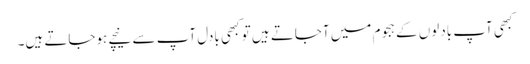
کبھی آپ بادلوں کے ہجوم میں آجاتے ہیں تو کبھی بادل آپ سے نیچے ہوجاتے ہیں۔